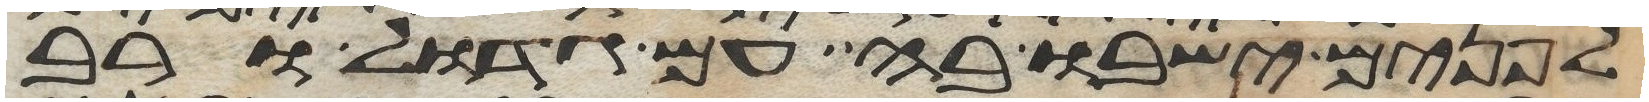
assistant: לפנים ישבו בה עם גדול ורב